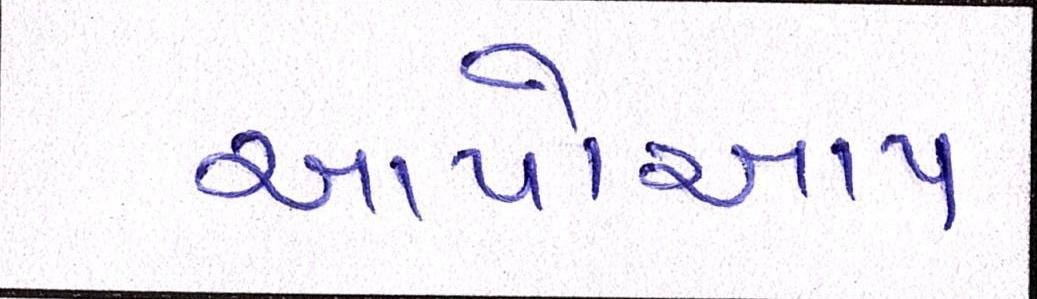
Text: આપોઆપ